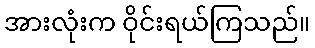
အားလုံးက ဝိုင်းရယ်ကြသည်။